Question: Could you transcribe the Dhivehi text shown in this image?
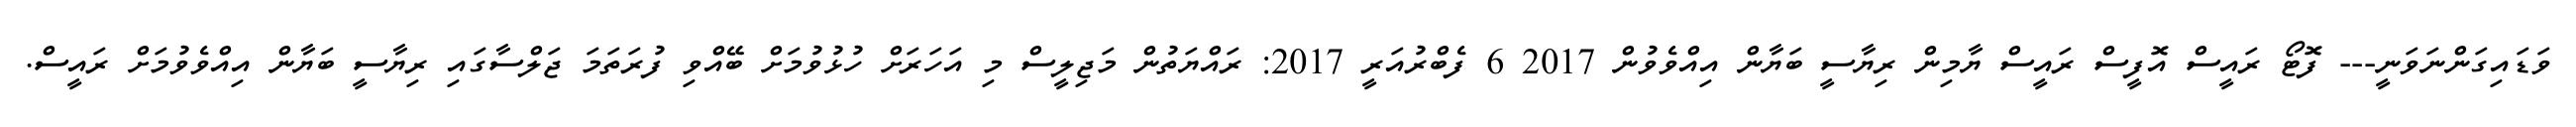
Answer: ވަޑައިގަންނަވަނީ--- ފޮޓޯ ރައީސް އޮފީސް ރައީސް ޔާމިން ރިޔާސީ ބަޔާން އިއްވެވުން 2017 6 ފެބްރުއަރީ 2017: ރައްޔަތުން މަޖިލީސް މި އަހަރަށް ހުޅުވުމަށް ބޭއްވި ފުރަތަމަ ޖަލްސާގައި ރިޔާސީ ބަޔާން އިއްވެވުމަށް ރައީސް.